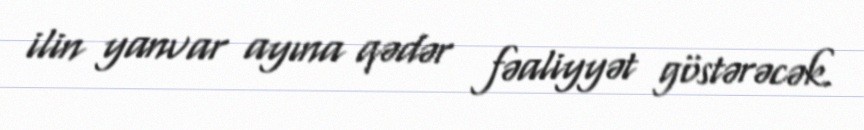
ilin yanvar ayına qədər fəaliyyət göstərəcək.